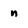
Character: n